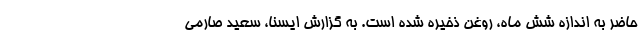
حاضر به اندازه شش ماه، روغن ذخیره شده است. به گزارش ایسنا، سعید صارمی